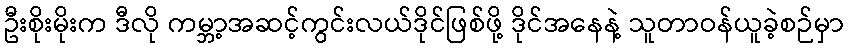
ဦးစိုးမိုးက ဒီလို ကမ္ဘာ့အဆင့်ကွင်းလယ်ဒိုင်ဖြစ်ဖို့ ဒိုင်အနေနဲ့ သူတာဝန်ယူခဲ့စဉ်မှာ